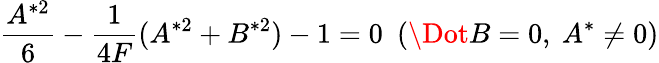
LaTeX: \frac{A^{*2}}{6}-\frac{1}{4F}(A^{*2}+B^{*2})-1=0\ \ (\Dot{B}=0,\ A^{*}\neq 0)